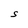
Character: S